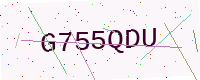
Text: G755QDU